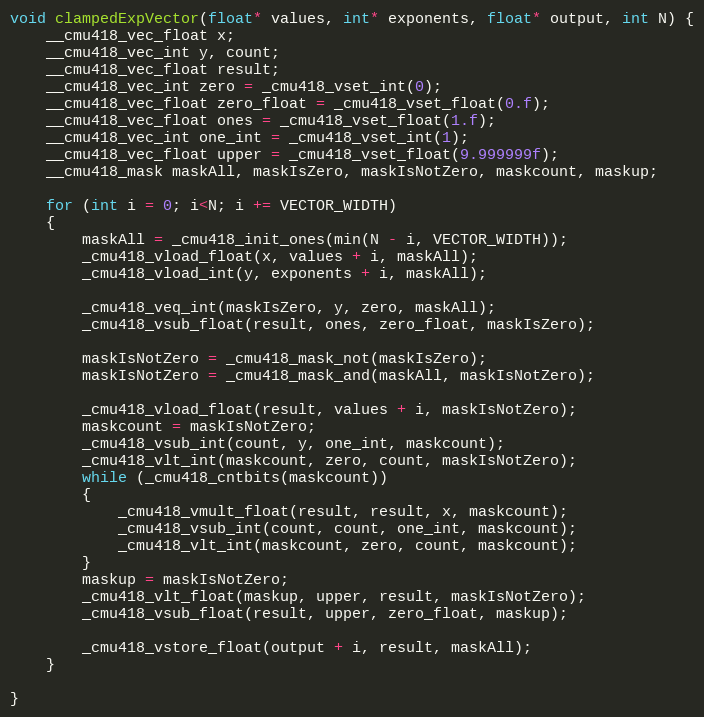
Language: C++
void clampedExpVector(float* values, int* exponents, float* output, int N) {
	__cmu418_vec_float x;
	__cmu418_vec_int y, count;
	__cmu418_vec_float result;
	__cmu418_vec_int zero = _cmu418_vset_int(0);
	__cmu418_vec_float zero_float = _cmu418_vset_float(0.f);
	__cmu418_vec_float ones = _cmu418_vset_float(1.f);
	__cmu418_vec_int one_int = _cmu418_vset_int(1);
	__cmu418_vec_float upper = _cmu418_vset_float(9.999999f);
	__cmu418_mask maskAll, maskIsZero, maskIsNotZero, maskcount, maskup;

	for (int i = 0; i<N; i += VECTOR_WIDTH)
	{
		maskAll = _cmu418_init_ones(min(N - i, VECTOR_WIDTH));
		_cmu418_vload_float(x, values + i, maskAll);
		_cmu418_vload_int(y, exponents + i, maskAll);

		_cmu418_veq_int(maskIsZero, y, zero, maskAll);
		_cmu418_vsub_float(result, ones, zero_float, maskIsZero);

		maskIsNotZero = _cmu418_mask_not(maskIsZero);
		maskIsNotZero = _cmu418_mask_and(maskAll, maskIsNotZero);

		_cmu418_vload_float(result, values + i, maskIsNotZero);
		maskcount = maskIsNotZero;
		_cmu418_vsub_int(count, y, one_int, maskcount);
		_cmu418_vlt_int(maskcount, zero, count, maskIsNotZero);
		while (_cmu418_cntbits(maskcount))
		{
			_cmu418_vmult_float(result, result, x, maskcount);
			_cmu418_vsub_int(count, count, one_int, maskcount);
			_cmu418_vlt_int(maskcount, zero, count, maskcount);
		}
		maskup = maskIsNotZero;
		_cmu418_vlt_float(maskup, upper, result, maskIsNotZero);
		_cmu418_vsub_float(result, upper, zero_float, maskup);

		_cmu418_vstore_float(output + i, result, maskAll);
	}

}